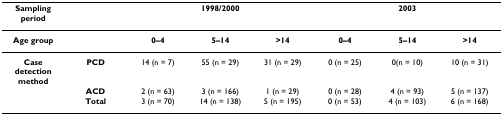
| Sampling period |  | <COLSPAN=3> 1998/2000 | <COLSPAN=3> 2003 |
 | --- | --- | --- | --- | --- | --- | --- | --- |
 | Age group |  | 0–4 | 5–14 | >14 | 0–4 | 5–14 | >14 |
 | Case detection method | PCD | 14 (n = 7) | 55 (n = 29) | 31 (n = 29) | 0 (n = 25) | 0(n = 10) | 10 (n = 31) |
 |  | ACD | 2 (n = 63) | 3 (n = 166) | 1 (n = 29) | 0 (n = 28) | 4 (n = 93) | 5 (n = 137) |
 |  | Total | 3 (n = 70) | 14 (n = 138) | 5 (n = 195) | 0 (n = 53) | 4 (n = 103) | 6 (n = 168) |